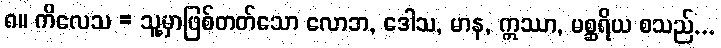
၈။ ကိလေသ = သူ့မှာဖြစ်တတ်သော လောဘ, ဒေါသ, မာန, ဣဿာ, မစ္ဆရိယ စသည်...